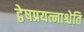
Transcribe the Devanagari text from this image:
द्वेषप्रयत्नाश्चेति